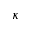
\kappa